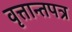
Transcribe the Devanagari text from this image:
वृत्तान्तपत्र